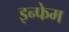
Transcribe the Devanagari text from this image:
इन्फेम